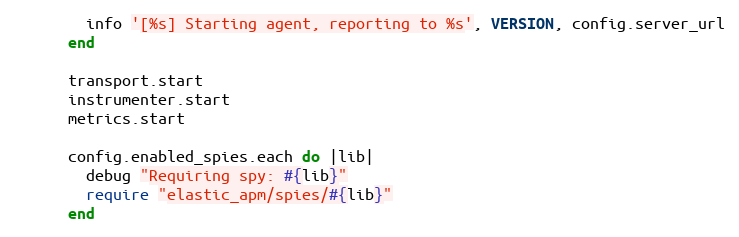
Language: Ruby
        info '[%s] Starting agent, reporting to %s', VERSION, config.server_url
      end

      transport.start
      instrumenter.start
      metrics.start

      config.enabled_spies.each do |lib|
        debug "Requiring spy: #{lib}"
        require "elastic_apm/spies/#{lib}"
      end